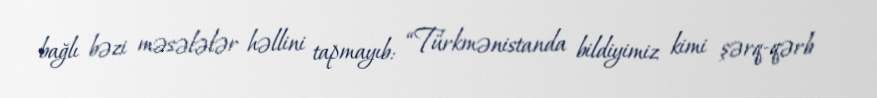
bağlı bəzi məsələlər həllini tapmayıb: “Türkmənistanda bildiyimiz kimi şərq-qərb